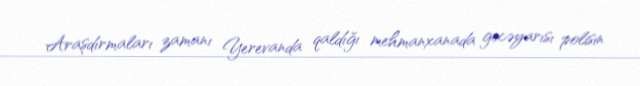
Araşdırmaları zamanı Yerevanda qaldığı mehmanxanada gecəyarısı polisin